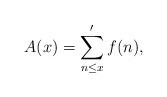
LaTeX: \begin{align*}A(x)=\sum^{\prime}_{n \leq x} f(n),\end{align*}